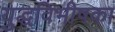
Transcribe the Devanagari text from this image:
युद्धविभीषका